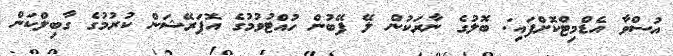
އުސްވާ އެޑްމިޓްކޮށްފައި: ބޮލުގެ ނާރަކުން ލޭ ފޭބުން ހުއްޓުވުމުގެ އޮޕަރޭޝަން ކުރުމުގެ ގާބިލްކަން